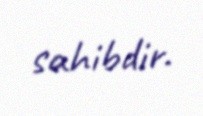
sahibdir.